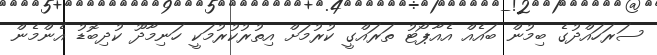
ސަރަހައްދުގެ ބިމުން ބައެއް އެއާޕޯޓު ތަރައްގީ ކުރުމަށް އިތުރުކުރުމަކީ ހަނިމާދޫ ކުދިބޮޑު އެންމެން